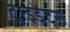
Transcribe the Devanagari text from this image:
ट्राइडेंट्स